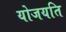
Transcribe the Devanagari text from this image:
योजयति